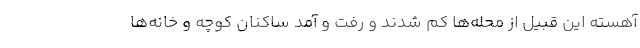
آهسته این قبیل از محله‌ها کم شدند و رفت و آمد ساکنان کوچه و خانه‌ها